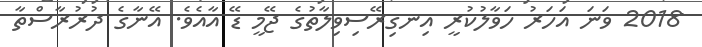
2018 ވަނަ އަހަރު ހަވާލުކުރީ އިނގިރޭސިވިލާތުގެ ޖޭމީ ޑޭ އާއެވެ. އޭނާގެ ދުރުރާސްތާ